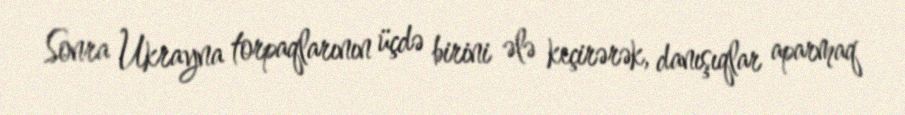
Sonra Ukrayna torpaqlarının üçdə birini ələ keçirərək, danışıqlar aparmaq